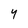
Character: Y